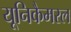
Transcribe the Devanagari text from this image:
यूनिकैमरल